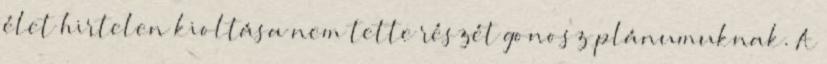
élet hirtelen kioltása nem tette részét gonosz plánumuknak. A